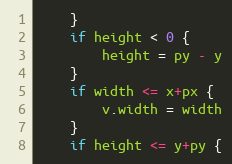
Language: Go
	}
	if height < 0 {
		height = py - y
	}
	if width <= x+px {
		v.width = width
	}
	if height <= y+py {